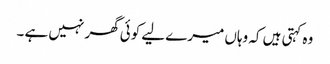
وہ کہتی ہیں کہ وہاں میرے لیے کوئی گھر نہیں ہے ۔